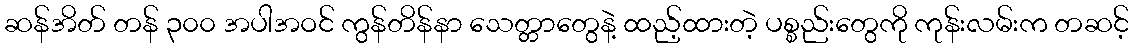
ဆန်အိတ် တန် ၃၀၀ အပါအဝင် ကွန်တိန်နာ သေတ္တာတွေနဲ့ ထည့်ထားတဲ့ ပစ္စည်းတွေကို ကုန်းလမ်းက တဆင့်